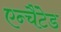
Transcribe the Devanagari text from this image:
एन्चैंटेड